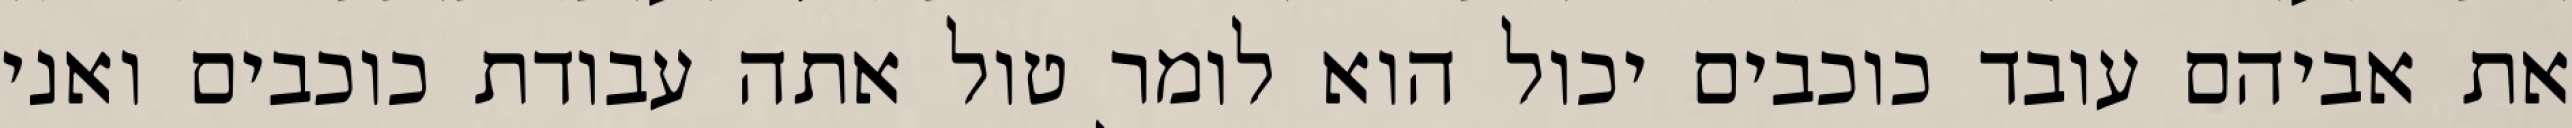
את אביהם עובד כוכבים יכול הוא לומר טול אתה עבודת כוכבים ואני